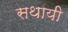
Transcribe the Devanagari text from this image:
सथायी